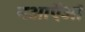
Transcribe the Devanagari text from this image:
नआऍऑ